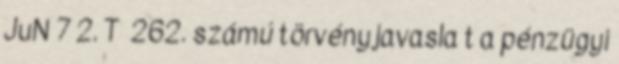
JuN 7 2. T 262. számú törvényjavasla t a pénzügyi